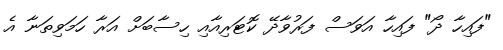
"ފައިހާ ދޯ" ފައިހާ އަވަސް ފަރުވާދޭ ކޮޓަރިއާއި ހިސާބަށް އަރާ ހަމަވިތަނާ އެ